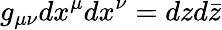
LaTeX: g_{\mu\nu}dx^{\mu}dx^{\nu}=dzd{\bar{z}}